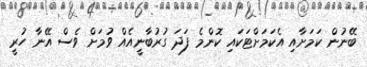
ބޭނުން ކަމަށާއި އެކަމަށްޓަކައި ކޮންމެ ފަދަ ގުރުބާނީއެއް ވުމަށް ވެސް އޭނާ ހުރީ